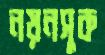
নয়নসুক